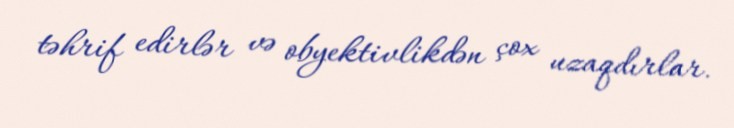
təhrif edirlər və obyektivlikdən çox uzaqdırlar.